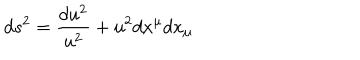
LaTeX: d s ^ { 2 } = { \frac { d u ^ { 2 } } { u ^ { 2 } } } + u ^ { 2 } d x ^ { \mu } d x _ { \mu }